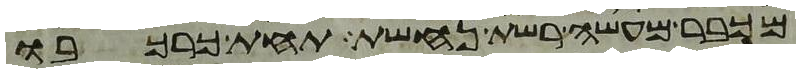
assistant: מכבר מעשה רשת נחשת תחת כרכבו